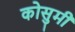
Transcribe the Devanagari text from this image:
कोसुमी